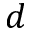
d